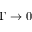
\Gamma \rightarrow 0